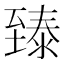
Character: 𬛴